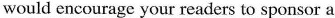
would encourage your readers to support a